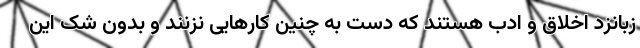
زبانزد اخلاق و ادب هستند که دست به چنین کارهایی نزنند و بدون شک این